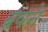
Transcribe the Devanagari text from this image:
बवने